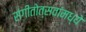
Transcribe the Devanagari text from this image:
संगीतोत्सवांमध्ये